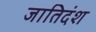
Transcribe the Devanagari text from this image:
जातिदंश